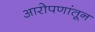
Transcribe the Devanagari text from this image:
आरोपणांतून